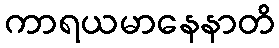
ကာရယမာနေနာတိ